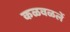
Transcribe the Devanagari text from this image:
कळवळलें